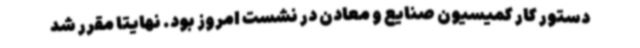
دستور کار کمیسیون صنایع و معادن در نشست امروز بود. نهایتا مقرر شد